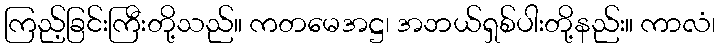
ကြည့်ခြင်းကြီးတို့သည်။ ကတမေအဋ္ဌ၊ အဘယ်ရှစ်ပါးတို့နည်း။ ကာလံ၊